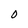
Character: 0